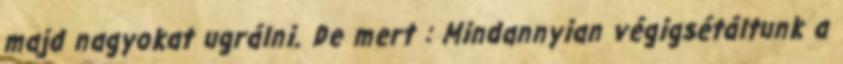
majd nagyokat ugrálni. De mert : Mindannyian végigsétáltunk a